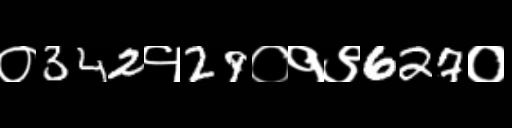
Text: ०342१29०१९627०